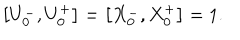
\left[ U _ { 0 } ^ { - } , U _ { 0 } ^ { + } \right] = \left[ X _ { 0 } ^ { - } , X _ { 0 } ^ { + } \right] = 1 .